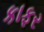
કાફર